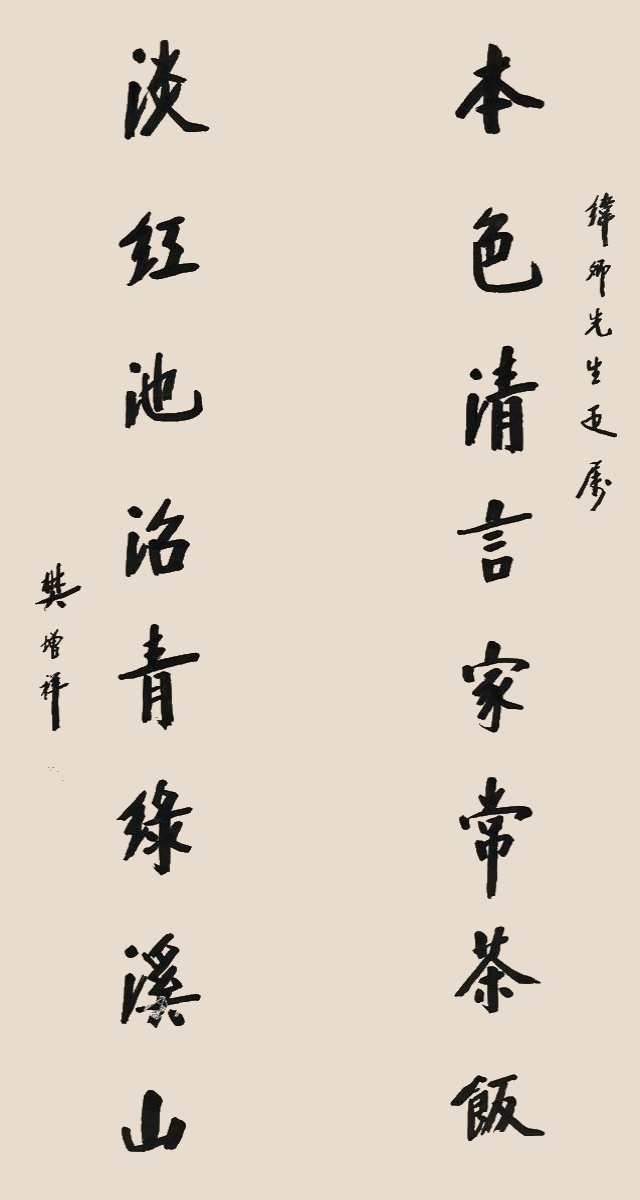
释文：本色清言家常茶饭，淡红池沼青绿溪山。纬卿先生雅属，樊增祥。